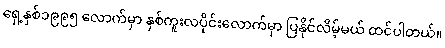
ရှေ့နှစ်၁၉၉၅ လောက်မှာ နှစ်ကူးလပိုင်းလောက်မှာ ပြနိုင်လိမ့်မယ် ထင်ပါတယ်။